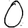
Digit: 0